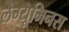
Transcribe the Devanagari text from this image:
लैग्यूमिनस